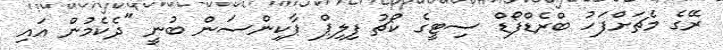
ރޭގެ މެޗަށްފަހު ބްރެޑްފޯޑް ސިޓީގެ ކޯޗު ފިލިޕް ޕާކިންސަން ބުނީ "ދެކެމުން އައި